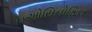
ઇઓસિનોફિલ